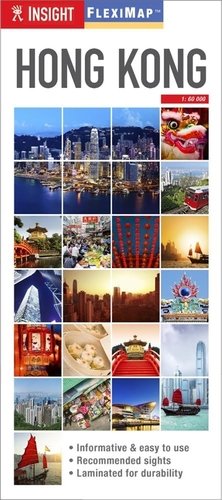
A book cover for Insight Flexi Map: Hong Kong (Insight Flexi Maps); Insight Guides; Travel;